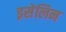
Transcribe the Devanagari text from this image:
इसेलिन